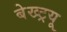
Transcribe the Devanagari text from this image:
बेख्ट्रयू